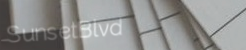
SunsetBlvd